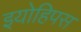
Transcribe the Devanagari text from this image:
इयोहिपस